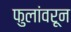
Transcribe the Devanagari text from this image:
फुलांवरून